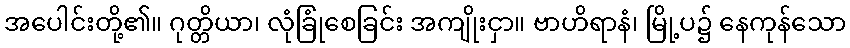
အပေါင်းတို့၏။ ဂုတ္တိယာ၊ လုံခြုံစေခြင်း အကျိုးငှာ။ ဗာဟိရာနံ၊ မြို့ပ၌ နေကုန်သော